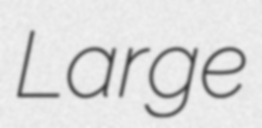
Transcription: Large